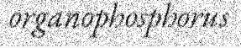
organophosphorus